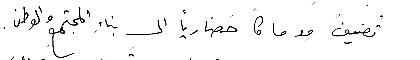
تضيفُ مدماكاً حَضارياً الى بناءِ المجتمعِ والوطن.